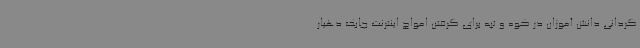
گردانی دانش آموزان در کوه و تپه برای گرفتن امواج اینترنت چابک دهیار